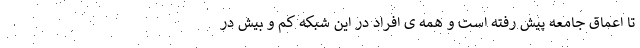
تا اعماق جامعه پیش رفته است و همه ی افراد در این شبکه کم و بیش در